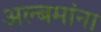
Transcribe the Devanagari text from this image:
अल्बमांना